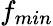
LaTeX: f_{min}